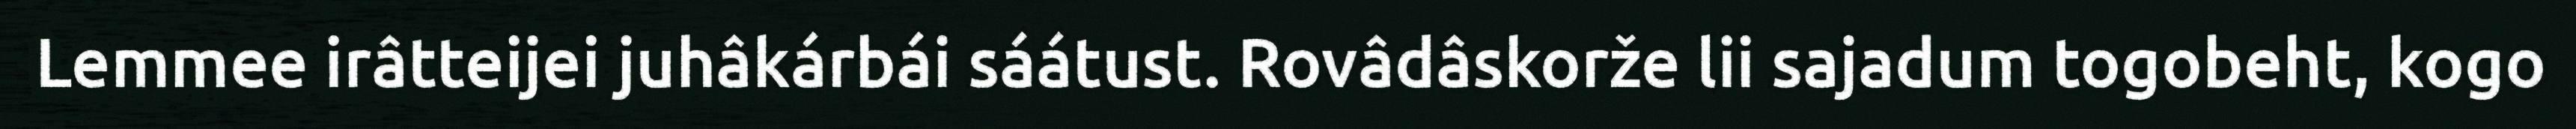
Lemmee irâtteijei juhâkárbái sáátust. Rovâdâskorže lii sajadum togobeht, kogo